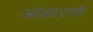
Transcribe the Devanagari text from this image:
आकारानी